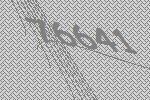
76641